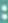
: